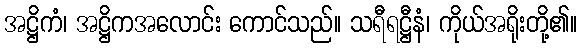
အဋ္ဌိကံ၊ အဋ္ဌိကအလောင်း ကောင်သည်။ သရီရဋ္ဌီနံ၊ ကိုယ်အရိုးတို့၏။